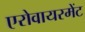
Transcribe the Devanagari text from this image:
एरोवायरमेंट